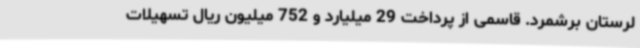
لرستان برشمرد. قاسمی از پرداخت 29 میلیارد و 752 میلیون ریال تسهیلات